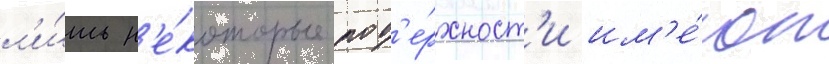
л'и́шь н'е́которые пов'е́рхност'и им'е́ют